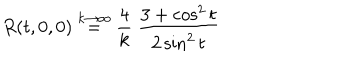
\frac { R ( t , 0 , 0 ) \buildrel { k \to \infty } } { = \frac { 4 } { k } \; \frac { 3 + \cos ^ { 2 } t } { 2 \sin ^ { 2 } t } }